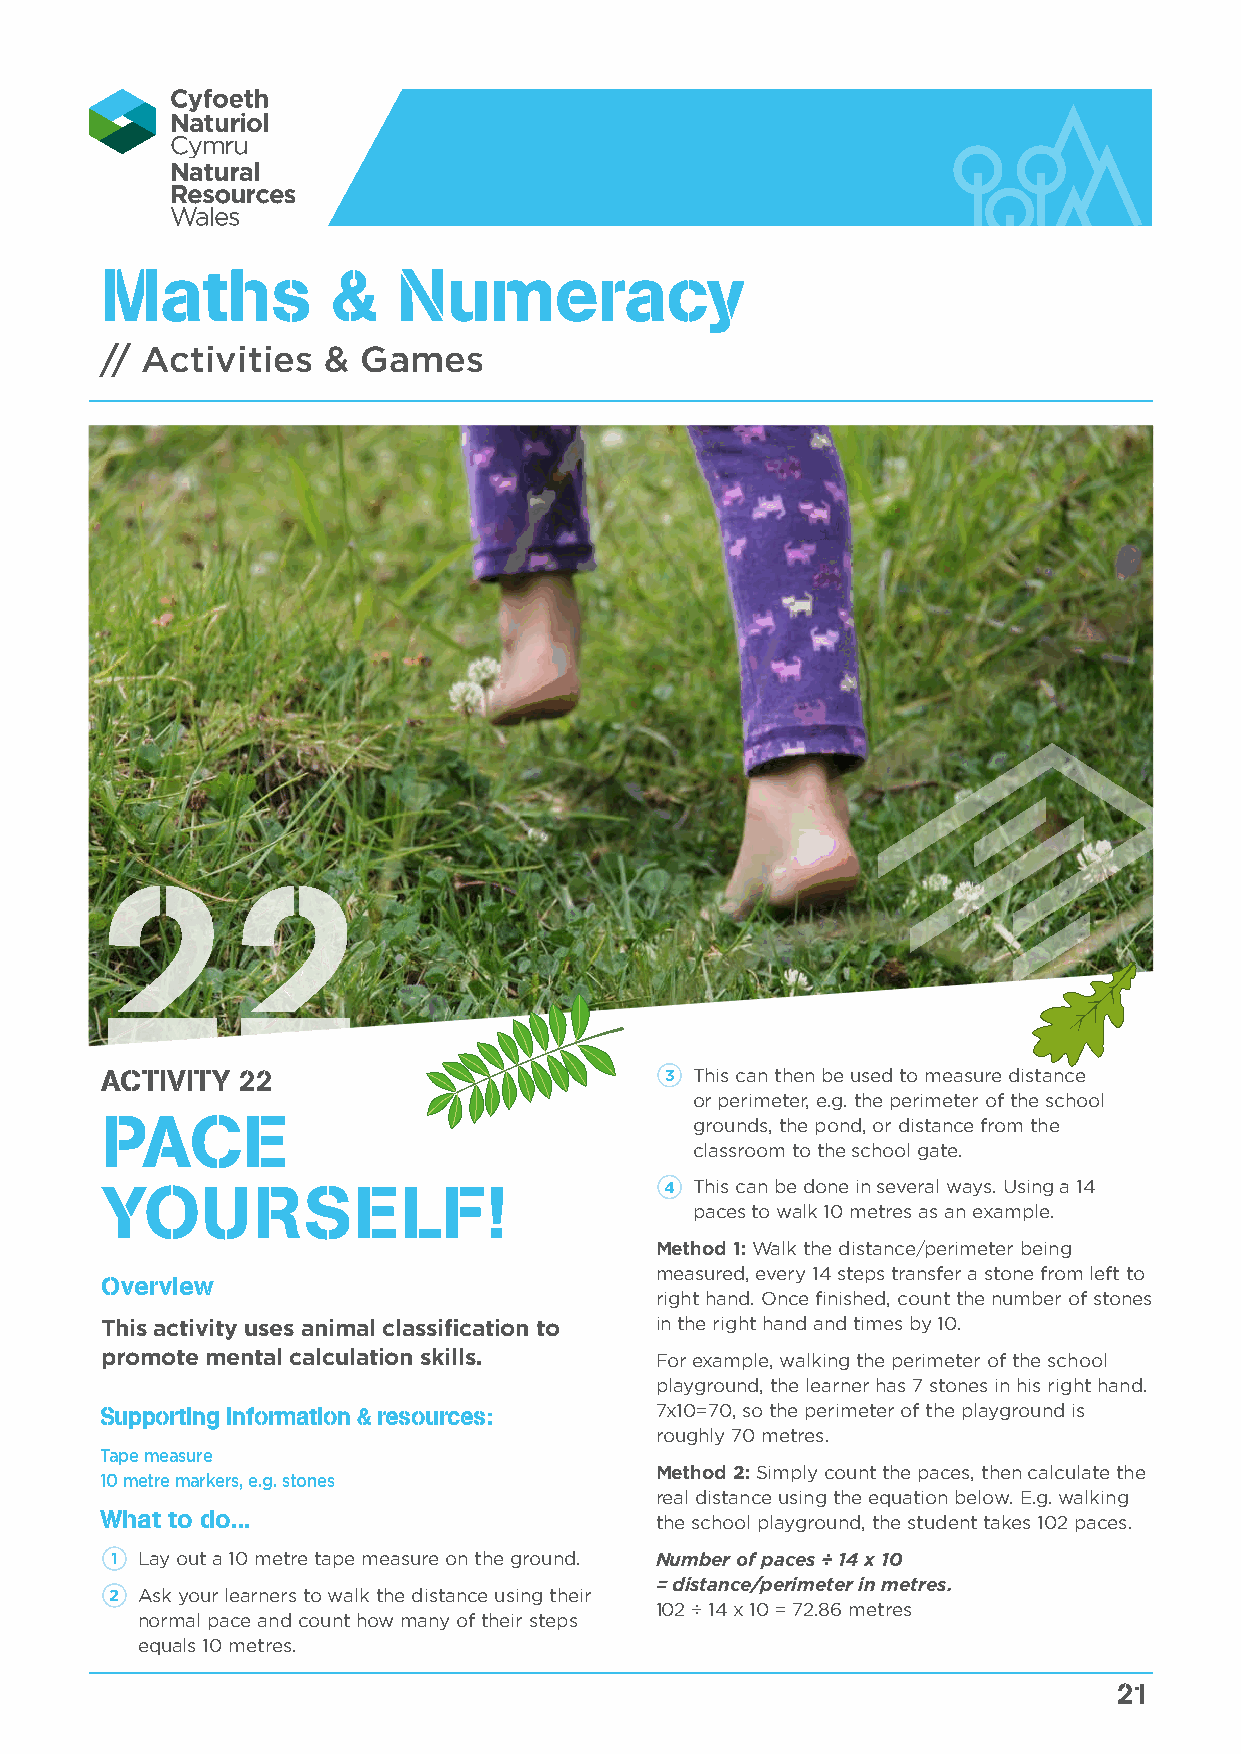
Maths          &   Numeracy
 // Activities &  Games
 22
 ACTIVITY 22                          3 This can then be used to measure distance
 or perimeter, e.g. the perimeter of the school
 PACE                                   grounds, the pond, or distance from the
 classroom to the school gate.
 YOURSELF!                            4 This can be done in several ways. Using a 14
 paces to walk 10 metres as an example.
 Method 1: Walk the distance/perimeter being
 measured, every 14 steps transfer a stone from left to
 Overview
 right hand. Once finished, count the number of stones
 This activity uses animal classification to in the right hand and times by 10.
 promote mental calculation skills.  For example, walking the perimeter of the school
 playground, the learner has 7 stones in his right hand.
 Supporting information & resources: 7x10=70, so the perimeter of the playground is
 roughly 70 metres.
 Tape measure
 Method 2: Simply count the paces, then calculate the
 10 metre markers, e.g. stones
 real distance using the equation below. E.g. walking
 What to do...                       the school playground, the student takes 102 paces.
 1 Lay out a 10 metre tape measure on the ground. Number of paces ÷ 14 x 10
 = distance/perimeter in metres.
 2 Ask your learners to walk the distance using their
 102 ÷ 14 x 10 = 72.86 metres
 normal pace and count how many of their steps
 equals 10 metres.
 21